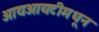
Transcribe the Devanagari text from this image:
आयआयटीमधून